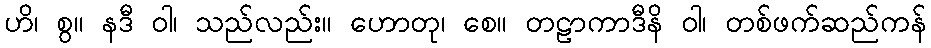
ဟိ၊ စွ။ နဒီ ဝါ၊ သည်လည်း။ ဟောတု၊ စေ။ တဠာကာဒီနိ ဝါ၊ တစ်ဖက်ဆည်ကန်